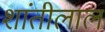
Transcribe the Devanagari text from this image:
शांतीलाल